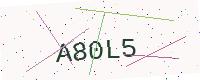
Text: A80L5